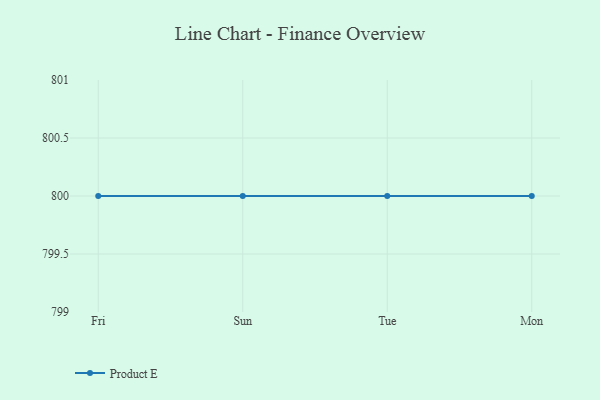
{"axis": {"x": "Day", "y": "Revenue (USD Million)"}, "legend": ["Product E"], "data": [{"x": "Fri", "y": 800, "type": "Product E"}, {"x": "Sun", "y": 800, "type": "Product E"}, {"x": "Tue", "y": 800, "type": "Product E"}, {"x": "Mon", "y": 800, "type": "Product E"}]}